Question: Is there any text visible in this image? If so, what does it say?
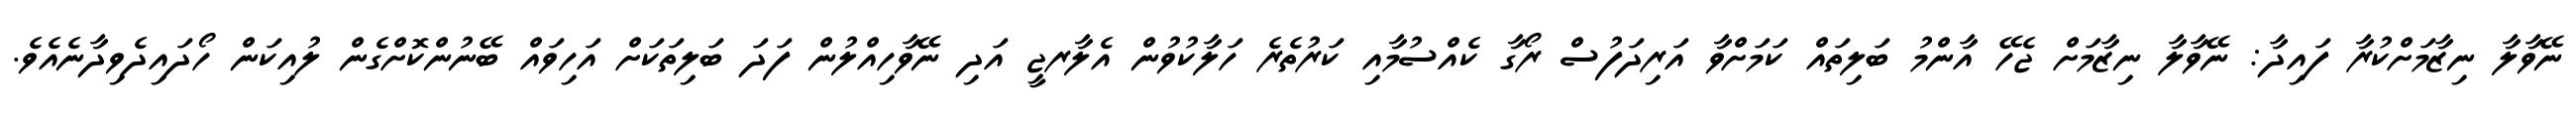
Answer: ނޭވާލާ ނިޒާމަށްކުރާ ފައިދާ: ނޭވާލާ ނިޒާމަށް ޖެހޭ އާންމު ބަލިތައް ކަމަށްވާ އަރިދަފުސް ރޯގާ ކެއްސުމާއި ކަރުތެރެ ހަލާކުވުން އެލާރޖީ އަދި ނޭވާހިއްލުން ފަދަ ބަލިތަކަށް އަހިވައް ބޭނުންކޮށްގެން ލުއިކަން ހޯދައިދެވިދާނެއެވެ.